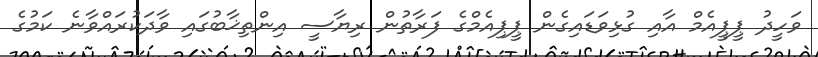
ވަހީދު ޕީޕީއެމް އާއި ގުޅިވަޑައިގެން ޕީޕިއެމްގެ ފަރާތުން ރިޔާސީ އިންތިޚާބުގައި ވާދަކުރައްވާނެ ކަމުގެ